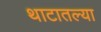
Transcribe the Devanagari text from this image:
थाटातल्या